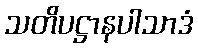
သတိပဋ္ဌာနပါသာဒံ